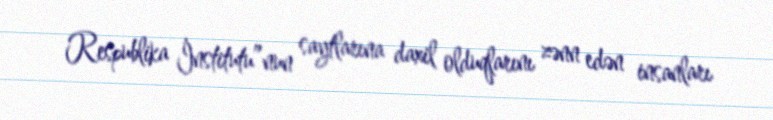
Respublika İnstitutu”nun saytlarına daxil olduqlarını zənn edən insanları